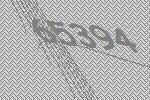
65394